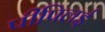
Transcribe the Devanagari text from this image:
पीपिलई